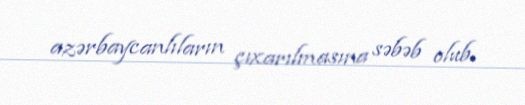
azərbaycanlıların çıxarılmasına səbəb olub.